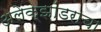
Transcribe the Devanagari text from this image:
अलेक्झांडराचा